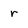
Character: r